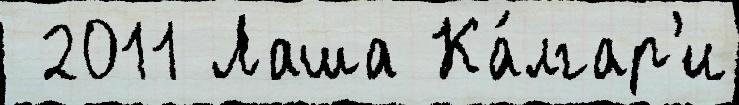
 2011 Лаша Ка́лгар'и